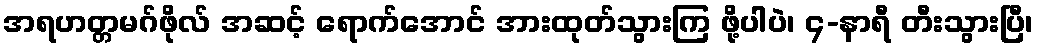
အရဟတ္တမဂ်ဖိုလ် အဆင့် ရောက်အောင် အားထုတ်သွားကြ ဖို့ပါပဲ၊ ၄-နာရီ တီးသွားပြီ၊